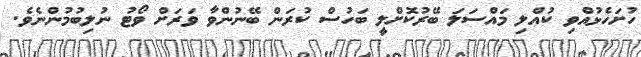
ހުށަހެޅުއްވި ކުއްލި މައްސަލަ ބޭރުކޮށްލީ ބަހުސް ކުރަން ބޭނުންވާ ވަރަށް ވޯޓު ނުލިބުމުންނެވެ.